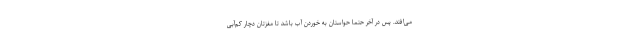
می‌افتد. پس در آخر حتما حواستان به خوردن آب باشد تا مغزتان دچار کم‌آبی